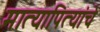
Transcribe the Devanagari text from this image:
मात्यापित्यांचे